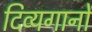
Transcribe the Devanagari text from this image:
दिव्यगानों